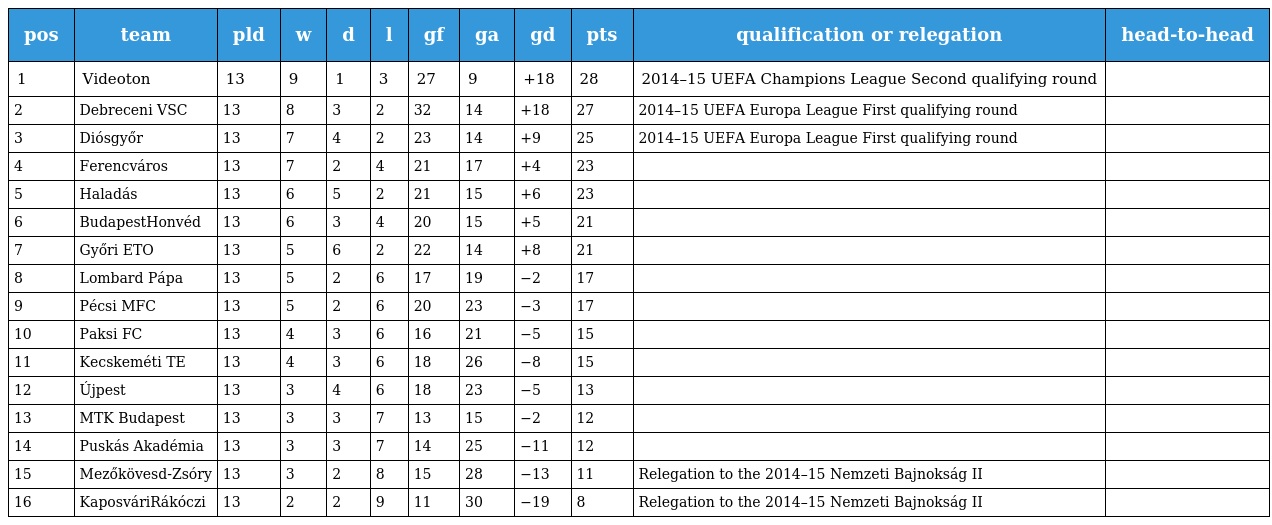
| pos | team | pld | w | d | l | gf | ga | gd | pts | qualification or relegation | head-to-head |
 | --- | --- | --- | --- | --- | --- | --- | --- | --- | --- | --- | --- |
 | 1 | Videoton | 13 | 9 | 1 | 3 | 27 | 9 | +18 | 28 | 2014–15 UEFA Champions League Second qualifying round |  |
 | 2 | Debreceni VSC | 13 | 8 | 3 | 2 | 32 | 14 | +18 | 27 | 2014–15 UEFA Europa League First qualifying round |  |
 | 3 | Diósgyőr | 13 | 7 | 4 | 2 | 23 | 14 | +9 | 25 | 2014–15 UEFA Europa League First qualifying round |  |
 | 4 | Ferencváros | 13 | 7 | 2 | 4 | 21 | 17 | +4 | 23 |  |  |
 | 5 | Haladás | 13 | 6 | 5 | 2 | 21 | 15 | +6 | 23 |  |  |
 | 6 | BudapestHonvéd | 13 | 6 | 3 | 4 | 20 | 15 | +5 | 21 |  |  |
 | 7 | Győri ETO | 13 | 5 | 6 | 2 | 22 | 14 | +8 | 21 |  |  |
 | 8 | Lombard Pápa | 13 | 5 | 2 | 6 | 17 | 19 | −2 | 17 |  |  |
 | 9 | Pécsi MFC | 13 | 5 | 2 | 6 | 20 | 23 | −3 | 17 |  |  |
 | 10 | Paksi FC | 13 | 4 | 3 | 6 | 16 | 21 | −5 | 15 |  |  |
 | 11 | Kecskeméti TE | 13 | 4 | 3 | 6 | 18 | 26 | −8 | 15 |  |  |
 | 12 | Újpest | 13 | 3 | 4 | 6 | 18 | 23 | −5 | 13 |  |  |
 | 13 | MTK Budapest | 13 | 3 | 3 | 7 | 13 | 15 | −2 | 12 |  |  |
 | 14 | Puskás Akadémia | 13 | 3 | 3 | 7 | 14 | 25 | −11 | 12 |  |  |
 | 15 | Mezőkövesd-Zsóry | 13 | 3 | 2 | 8 | 15 | 28 | −13 | 11 | Relegation to the 2014–15 Nemzeti Bajnokság II |  |
 | 16 | KaposváriRákóczi | 13 | 2 | 2 | 9 | 11 | 30 | −19 | 8 | Relegation to the 2014–15 Nemzeti Bajnokság II |  |